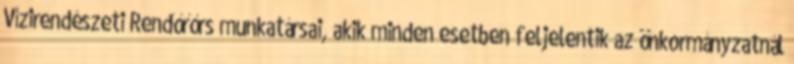
Vízirendészeti Rendőrőrs munkatársai, akik minden esetben feljelentik az önkormányzatnál